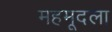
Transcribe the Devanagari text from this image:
महमूदला